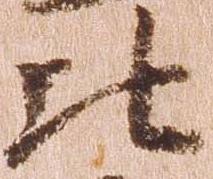
比